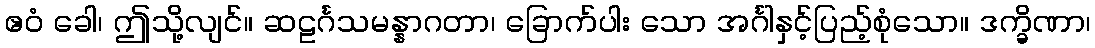
ဧဝံ ခေါ၊ ဤသို့လျင်။ ဆဠင်္ဂသမန္နာဂတာ၊ ခြောက်ပါး သော အင်္ဂါနှင့်ပြည့်စုံသော။ ဒက္ခိဏာ၊